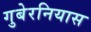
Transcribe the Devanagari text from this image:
गुबेरनियास